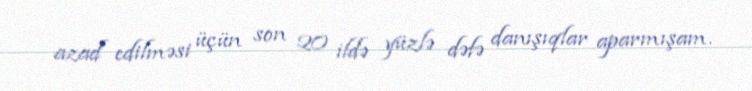
azad edilməsi üçün son 20 ildə yüzlə dəfə danışıqlar aparmışam.